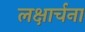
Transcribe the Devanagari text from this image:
लक्षार्चना